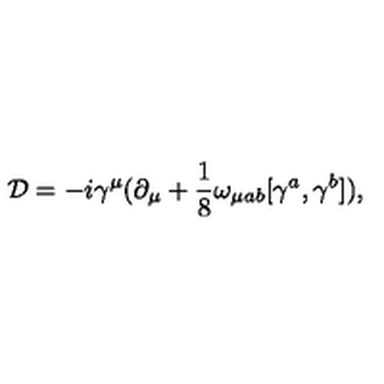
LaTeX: { \cal D } = - i { \gamma } ^ { \mu } ( { \partial } _ { \mu } + \frac { 1 } { 8 } { \omega } _ { { \mu } a b } [ { \gamma } ^ { a } , { \gamma } ^ { b } ] ) ,